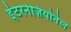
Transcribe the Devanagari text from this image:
इंटरनेज़ियोनेल